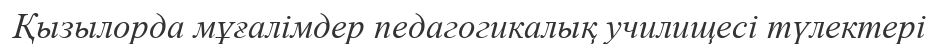
Қызылорда мұғалімдер педагогикалық училищесі түлектері